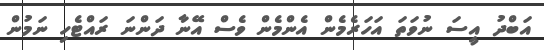
އަބްދު އީސަ ނުވަތަ އަހަރެމެން އެންމެން ވެސް އޭނާ ދަންނަ ރައްޓެހި ނަމުން